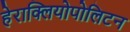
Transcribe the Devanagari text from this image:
हेराक्लियोपोलिटन